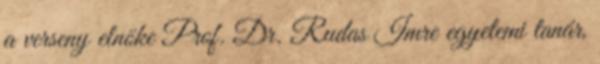
a verseny elnöke Prof. Dr. Rudas Imre egyetemi tanár,